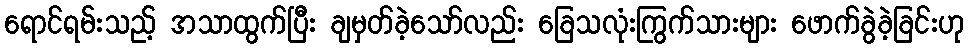
ရောင်ရမ်းသည့် အသာထွက်ပြီး ချမှတ်ခဲ့သော်လည်း ခြေသလုံးကြွက်သားများ ဖောက်ခွဲခဲ့ခြင်းဟု